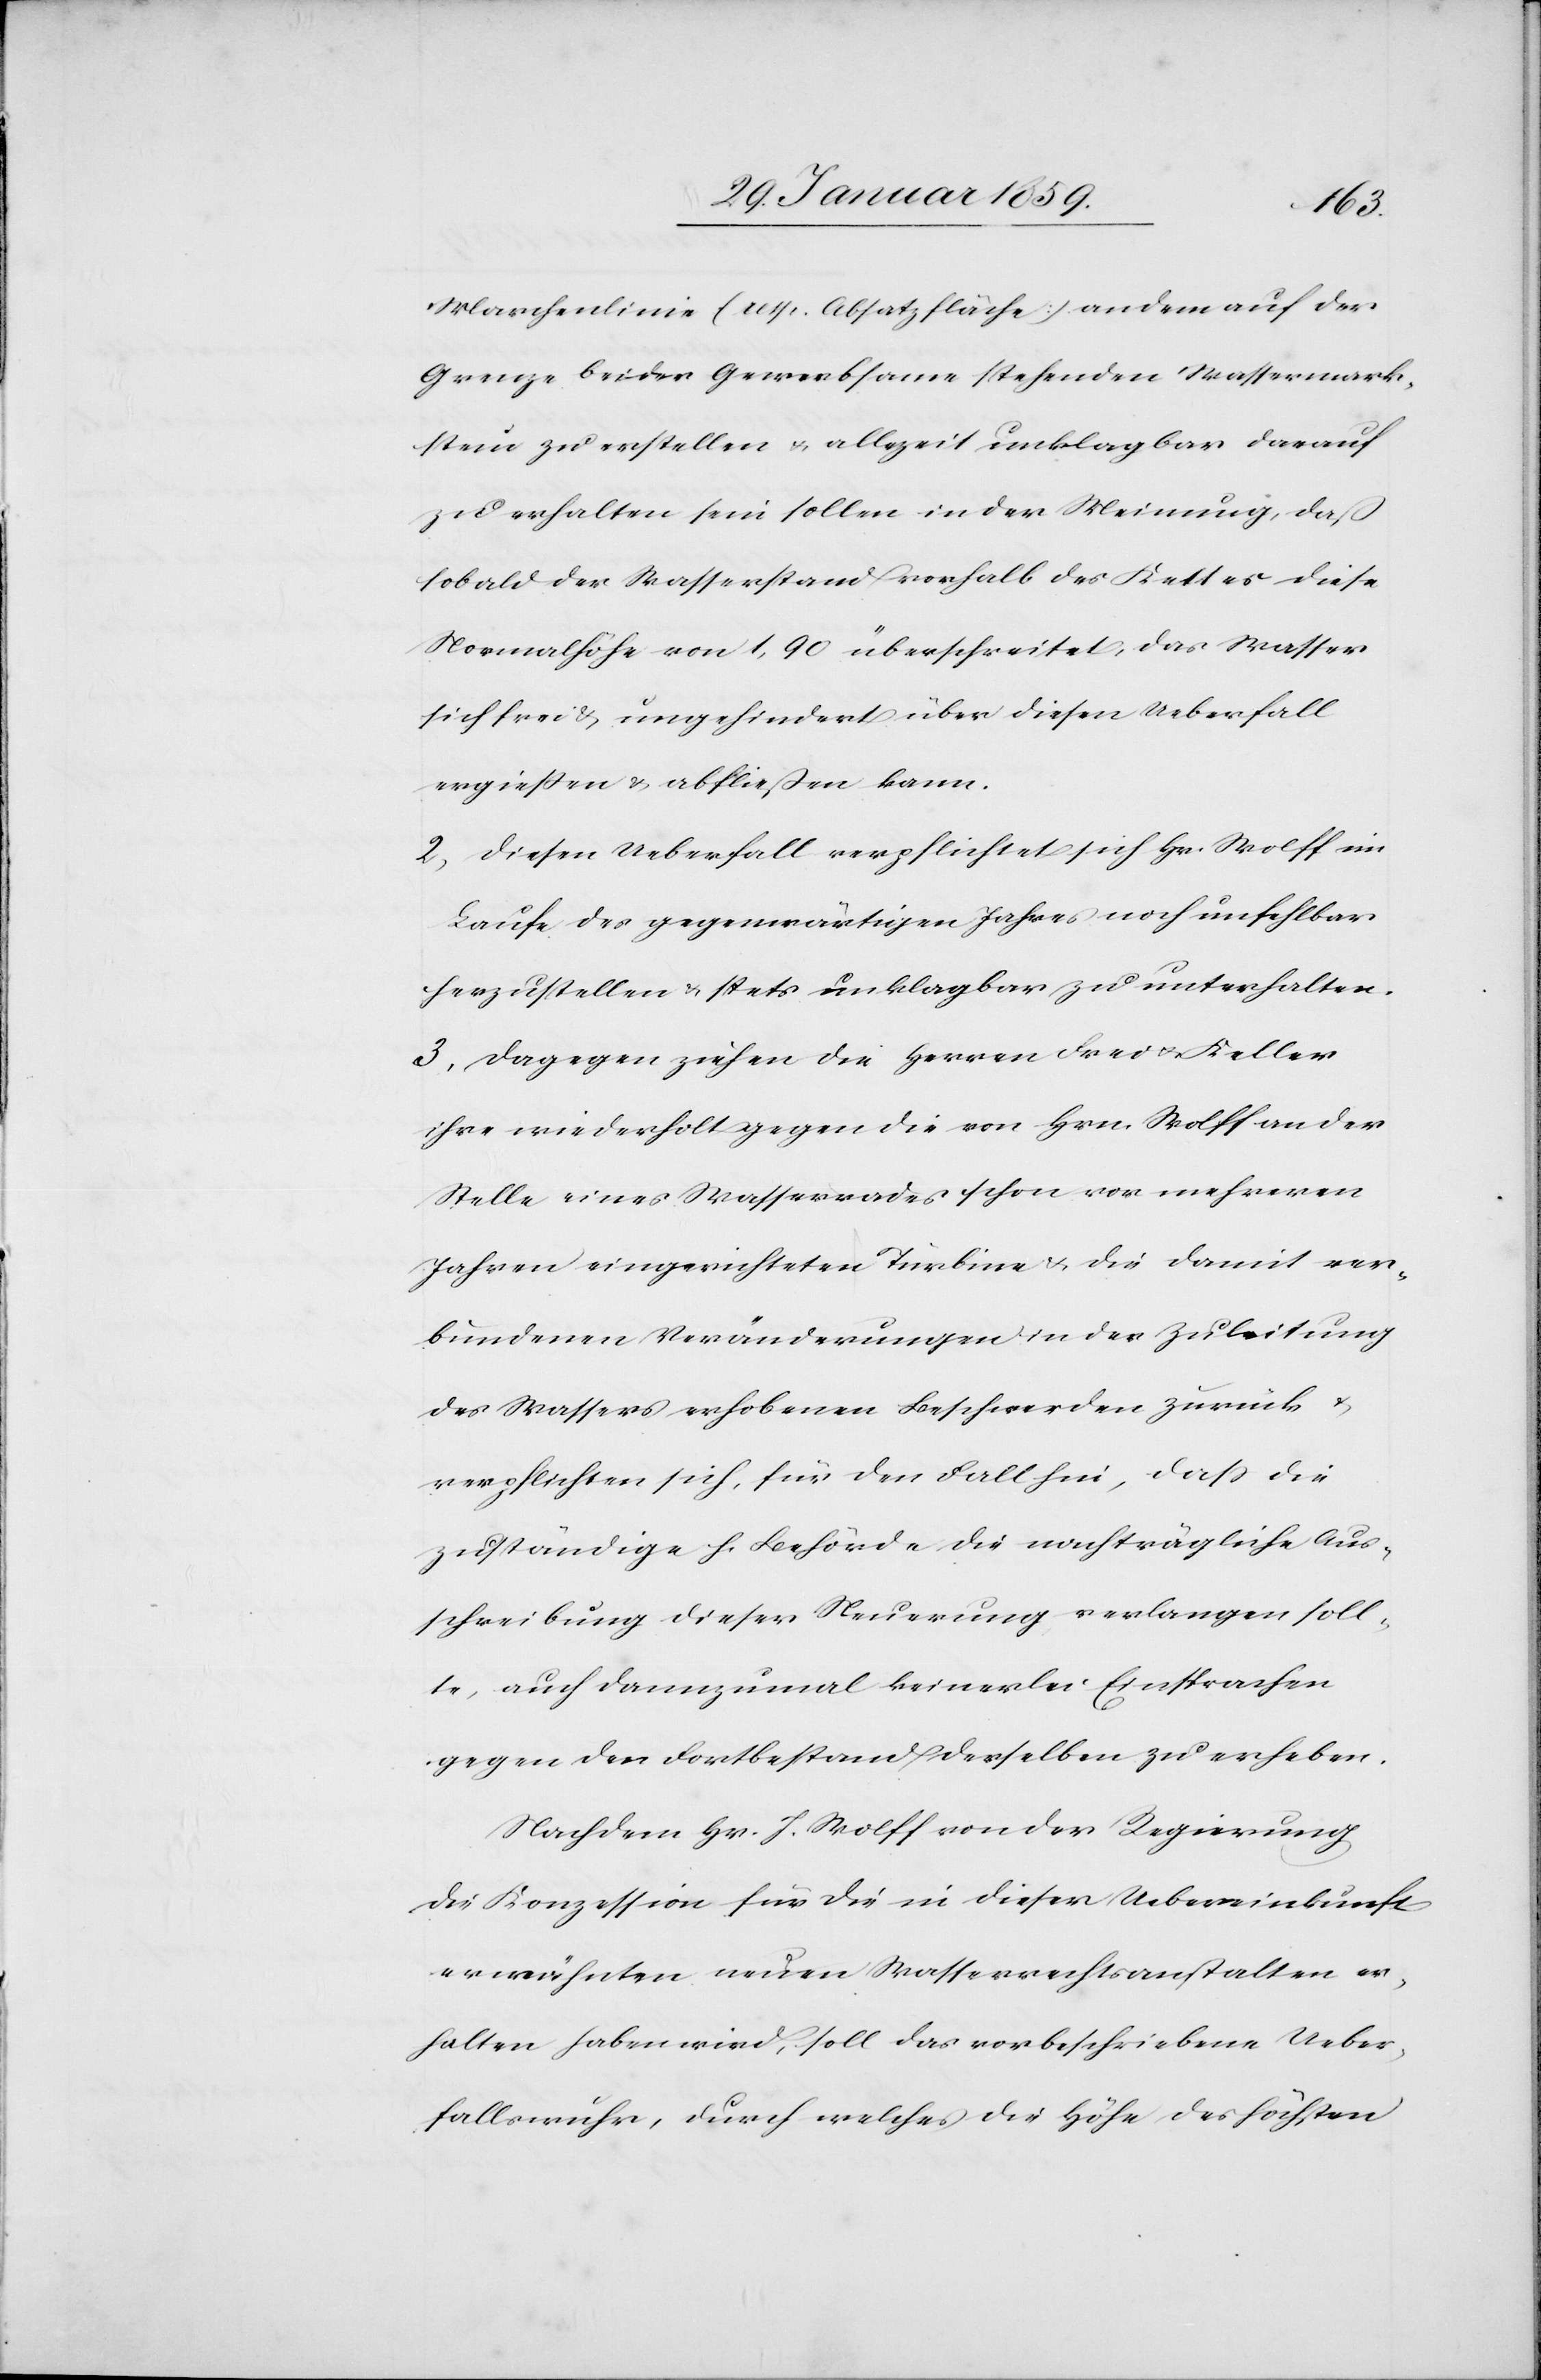
Marchenlinie (resp. Absatzfläche) an dem auf der
Grenze beider Gewerbsame stehenden Wasserwerk¬
stein zu erstellen u. allezeit unklagbar darauf
zu erhalten sein sollen in der Meinung, daß
sobald der Wasserstand vorhalb des Kettes diese
Normalhöhe von 1,90 überschreitet, das Wasser
sich frei & ungehindert über diesen Ueberfall
ergießen & abfließen kann.
2. Diesen Ueberfall verpflichtet sich Hr. Wolff im
Laufe des gegenwärtigen Jahres noch unfehlbar
herzustellen & stets unklagbar zu unterhalten.
3. Dagegen ziehen die Herren Frei u. Keller
ihre wiederholt gegen die von Hrn. Wolff an der
Stelle eines Wasserrades schon vor mehreren
Jahren eingerichteten Turbine & die damit ver¬
bundenen Veränderungen in der Zuleitung
des Wassers erhobenen Beschwerden zurück &
verpflichten sich, für den Fall hin, daß die
zuständige h. Behörde die nachträgliche Aus¬
schreibung dieser Neuerung verlangen soll¬
te, auch dannzumal keinerlei Einsprachen
gegen den Fortbestand desselben zu erheben.
Nachdem Hr. J. Wolff von der Regierung
die Konzession für die in dieser Uebereinkunft
erwünschten neuen Wasserrechtsanstalten er¬
halten haben wird, soll das vorbeschriebene Ueber¬
fallswuhr, durch welches die Höhe des höchsten